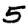
Digit: 5